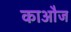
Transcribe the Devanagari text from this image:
काऔज